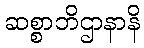
ဆစ္စာဘိဌာနာနိ